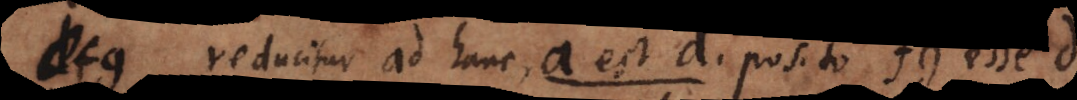
fg reducitur ad hanc, a est d posito fg esse d.